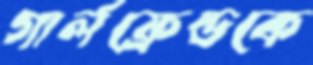
গার্লফ্রেন্ডকে